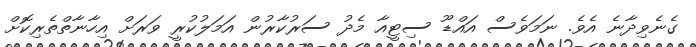
ގެނެވިދާނެ އެވެ. ނަމަވެސް އައްޑޫ ސިޓީއާ މެދު ސަރުކާރުން އަމަލުކުރީ ވަރަށް އިހާނާތްތެރިކޮށް